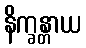
နိက္ခန္တာယ